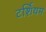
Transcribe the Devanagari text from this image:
टर्शियम